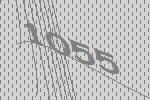
1055